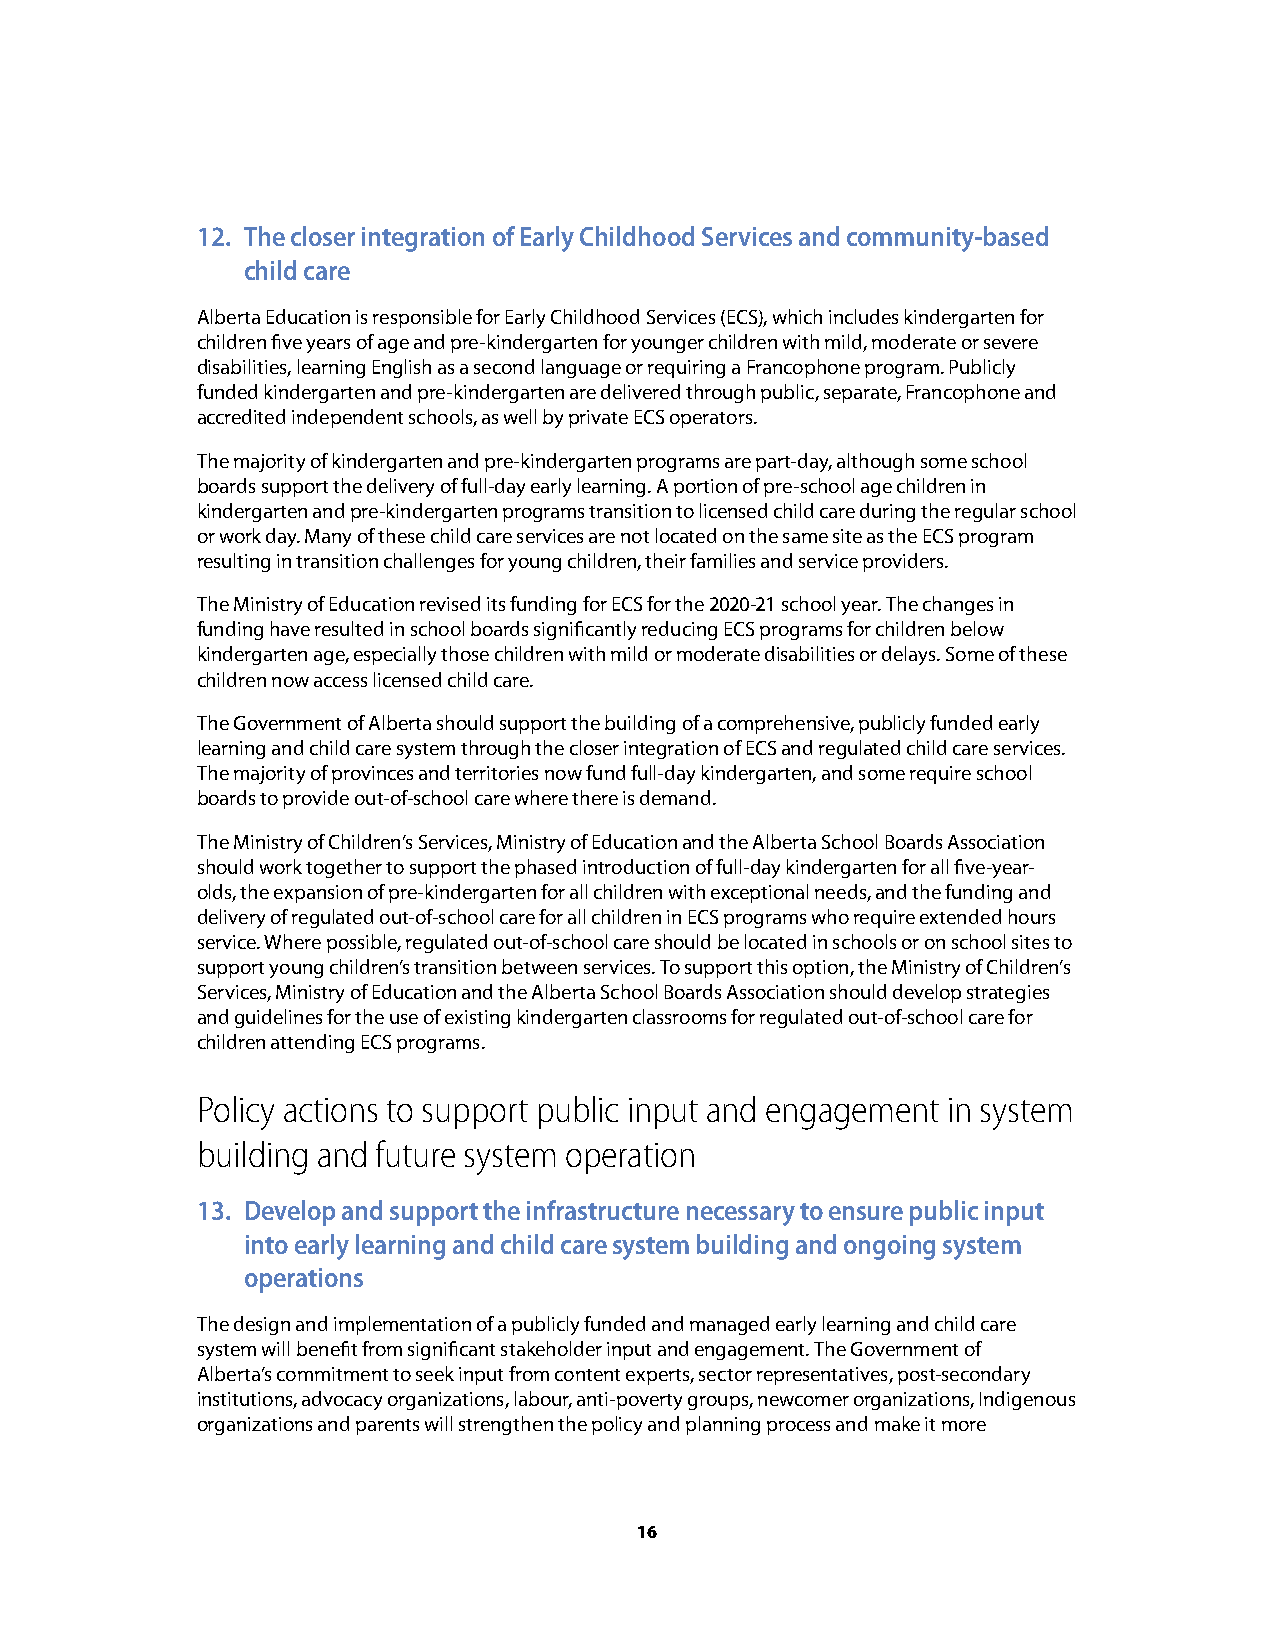
12. The closer integration of Early Childhood Services and community-based
 child care
 Alberta Education is responsible for Early Childhood Services (ECS), which includes kindergarten for
 children five years of age and pre-kindergarten for younger children with mild, moderate or severe
 disabilities, learning English as a second language or requiring a Francophone program. Publicly
 funded kindergarten and pre-kindergarten are delivered through public, separate, Francophone and
 accredited independent schools, as well by private ECS operators.
 The majority of kindergarten and pre-kindergarten programs are part-day, although some school
 boards support the delivery of full-day early learning. A portion of pre-school age children in
 kindergarten and pre-kindergarten programs transition to licensed child care during the regular school
 or work day. Many of these child care services are not located on the same site as the ECS program
 resulting in transition challenges for young children, their families and service providers.
 The Ministry of Education revised its funding for ECS for the 2020-21 school year. The changes in
 funding have resulted in school boards significantly reducing ECS programs for children below
 kindergarten age, especially those children with mild or moderate disabilities or delays. Some of these
 children now access licensed child care.
 The Government of Alberta should support the building of a comprehensive, publicly funded early
 learning and child care system through the closer integration of ECS and regulated child care services.
 The majority of provinces and territories now fund full-day kindergarten, and some require school
 boards to provide out-of-school care where there is demand.
 The Ministry of Children’s Services, Ministry of Education and the Alberta School Boards Association
 should work together to support the phased introduction of full-day kindergarten for all five-year-
 olds, the expansion of pre-kindergarten for all children with exceptional needs, and the funding and
 delivery of regulated out-of-school care for all children in ECS programs who require extended hours
 service. Where possible, regulated out-of-school care should be located in schools or on school sites to
 support young children’s transition between services. To support this option, the Ministry of Children’s
 Services, Ministry of Education and the Alberta School Boards Association should develop strategies
 and guidelines for the use of existing kindergarten classrooms for regulated out-of-school care for
 children attending ECS programs.
 Policy actions to support public input and engagement in system
 building and future system operation
 13. Develop and support the infrastructure necessary to ensure public input
 into early learning and child care system building and ongoing system
 operations
 The design and implementation of a publicly funded and managed early learning and child care
 system will benefit from significant stakeholder input and engagement. The Government of
 Alberta’s commitment to seek input from content experts, sector representatives, post-secondary
 institutions, advocacy organizations, labour, anti-poverty groups, newcomer organizations, Indigenous
 organizations and parents will strengthen the policy and planning process and make it more
 16